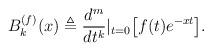
LaTeX: \begin{align*}B^{(f)}_{k}(x) \triangleq \frac{d^m}{dt^k}|_{t=0} \bigl[f(t)e^{-xt}\bigr].\end{align*}